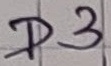
Text: D3